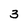
Character: 3